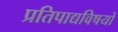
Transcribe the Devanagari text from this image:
प्रतिपाद्यविषयों